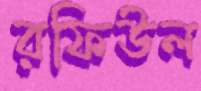
রফিউল